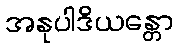
အနုပါဒိယန္တော